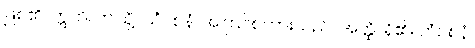
ဖြစ်၏။ ဣတိ၊ ဤသို့။ ယံဝစနံ၊ အကြင်စကားသည်။ အတ္ထိ၊ ရှိ၏။ တံဝစနံ၊